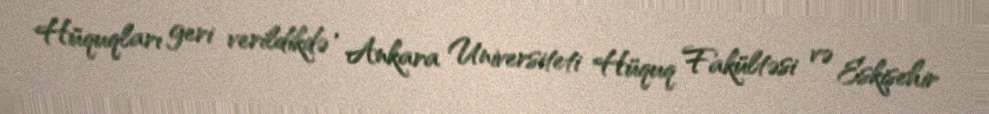
Hüquqları geri verildikdə , Ankara Universiteti Hüquq Fakültəsi və Eskişehir